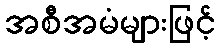
အစီအမံများဖြင့်